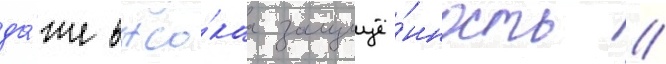
да́же высо́каа защищё́нность //